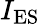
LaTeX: I_{\mathrm{ES}}